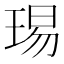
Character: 㻛